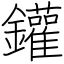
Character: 鑵